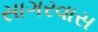
સાગરવાસ